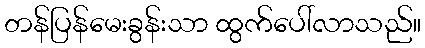
တန်ပြန်မေးခွန်းသာ ထွက်ပေါ်လာသည်။